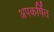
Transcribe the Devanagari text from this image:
अपकर्षित